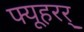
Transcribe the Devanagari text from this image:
फ्यूहरर्